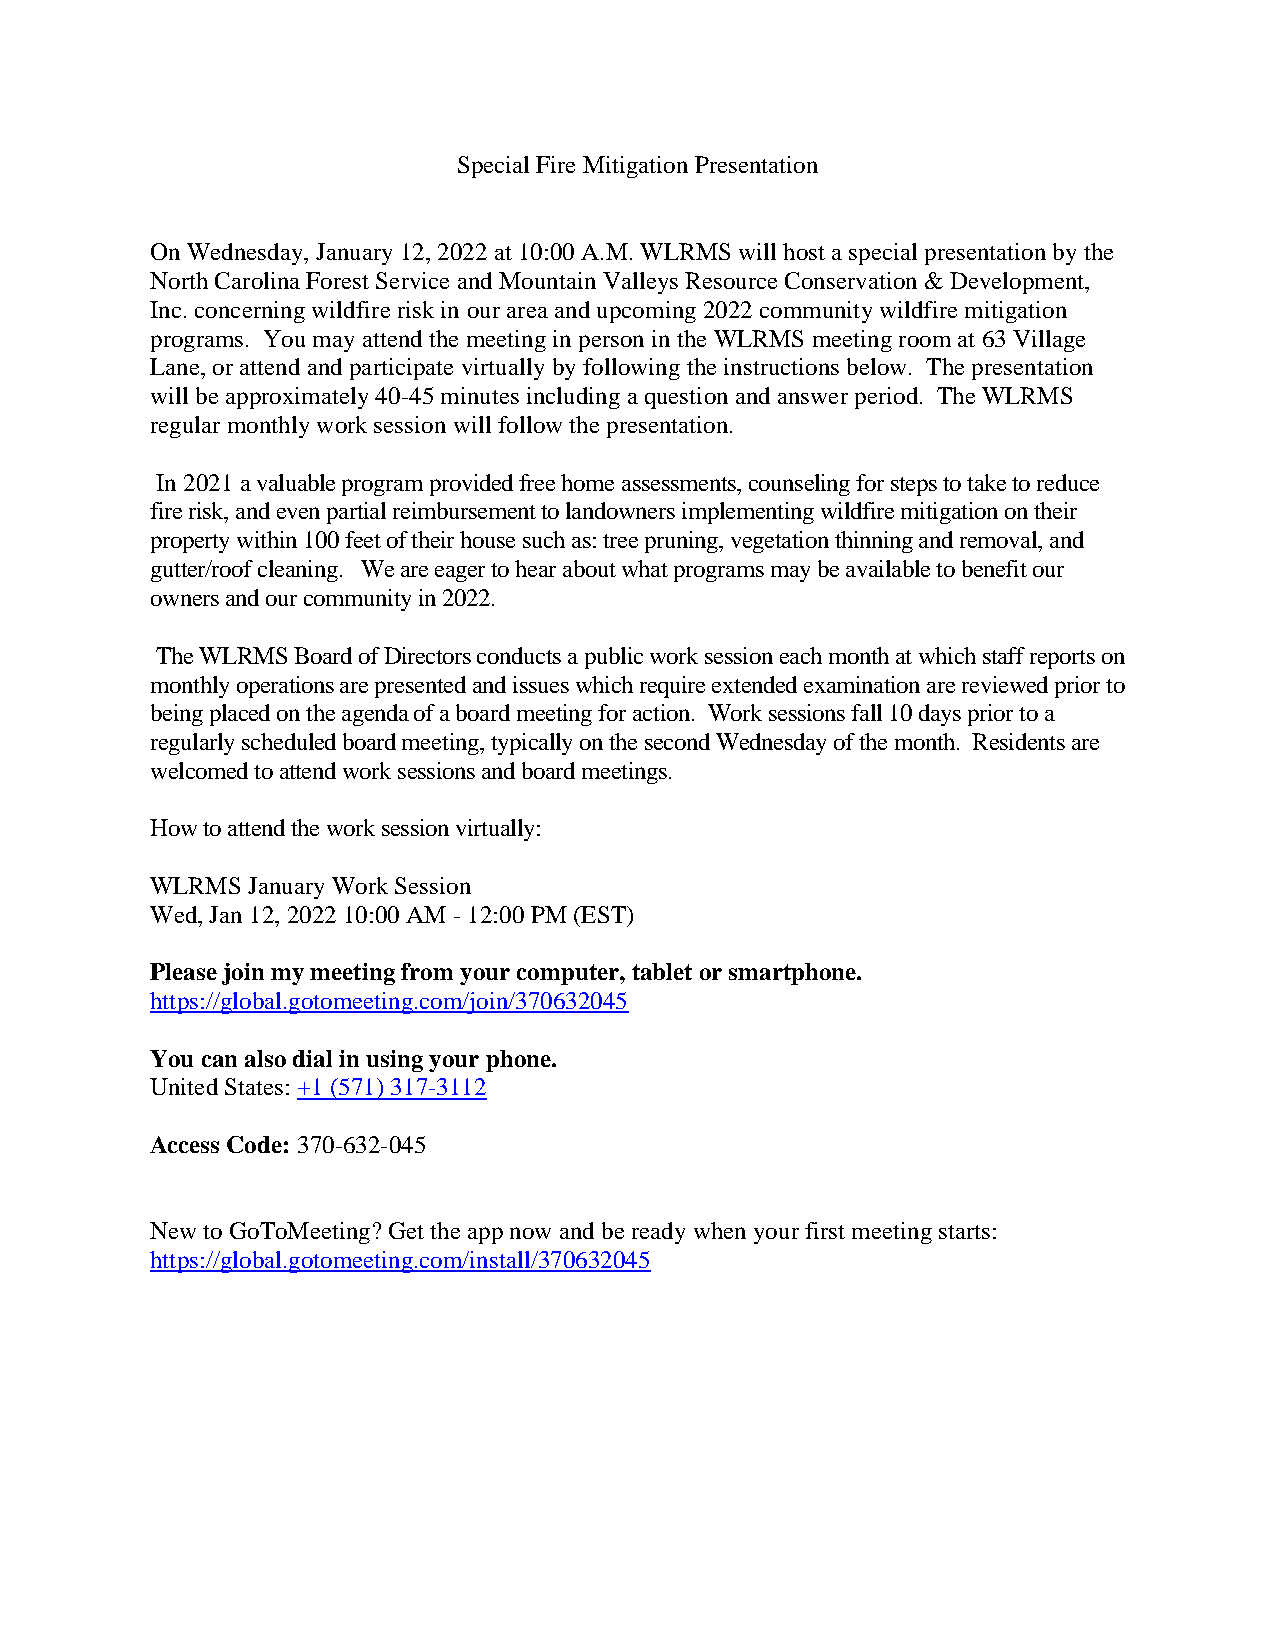
Special Fire Mitigation Presentation
 On Wednesday, January 12, 2022 at 10:00 A.M. WLRMS will host a special presentation by the
 North Carolina Forest Service and Mountain Valleys Resource Conservation & Development,
 Inc. concerning wildfire risk in our area and upcoming 2022 community wildfire mitigation
 programs. You may attend the meeting in person in the WLRMS meeting room at 63 Village
 Lane, or attend and participate virtually by following the instructions below. The presentation
 will be approximately 40-45 minutes including a question and answer period. The WLRMS
 regular monthly work session will follow the presentation.
 In 2021 a valuable program provided free home assessments, counseling for steps to take to reduce
 fire risk, and even partial reimbursement to landowners implementing wildfire mitigation on their
 property within 100 feet of their house such as: tree pruning, vegetation thinning and removal, and
 gutter/roof cleaning. We are eager to hear about what programs may be available to benefit our
 owners and our community in 2022.
 The WLRMS Board of Directors conducts a public work session each month at which staff reports on
 monthly operations are presented and issues which require extended examination are reviewed prior to
 being placed on the agenda of a board meeting for action. Work sessions fall 10 days prior to a
 regularly scheduled board meeting, typically on the second Wednesday of the month. Residents are
 welcomed to attend work sessions and board meetings.
 How to attend the work session virtually:
 WLRMS January Work Session
 Wed, Jan 12, 2022 10:00 AM - 12:00 PM (EST)
 Please join my meeting from your computer, tablet or smartphone.
 https://global.gotomeeting.com/join/370632045
 You can also dial in using your phone.
 United States: +1 (571) 317-3112
 Access Code: 370-632-045
 New to GoToMeeting? Get the app now and be ready when your first meeting starts:
 https://global.gotomeeting.com/install/370632045